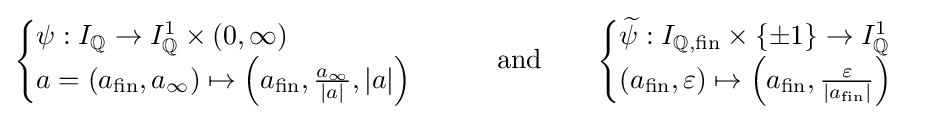
{\begin{cases}\psi :I_{\mathbb {Q} }\to I_{\mathbb {Q} }^{1}\times (0,\infty )\\a=(a_{\text{fin}},a_{\infty })\mapsto \left(a_{\text{fin}},{\frac {a_{\infty }}{|a|}},|a|\right)\end{cases}}\qquad {\text{and}}\qquad {\begin{cases}{\widetilde {\psi }}:I_{\mathbb {Q} ,{\text{fin}}}\times \{\pm 1\}\to I_{\mathbb {Q} }^{1}\\(a_{\text{fin}},\varepsilon )\mapsto \left(a_{\text{fin}},{\frac {\varepsilon }{|a_{\text{fin}}|}}\right)\end{cases}}